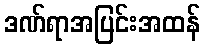
ဒဏ်ရာအပြင်းအထန်